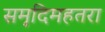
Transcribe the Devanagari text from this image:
समृदिमहतरा